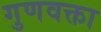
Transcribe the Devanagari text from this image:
गुणवक्ता